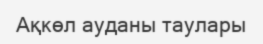
Ақкөл ауданы таулары